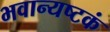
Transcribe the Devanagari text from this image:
भवान्यष्टकं